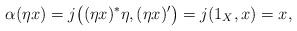
LaTeX: \begin{align*} \alpha(\eta x) = j\big( (\eta x)^*\eta, (\eta x)'\big) = j(1_X, x) = x, \end{align*}